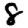
Digit: 8